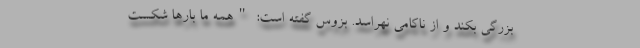
بزرگی بکند و از ناکامی نهراسد. بزوس گفته است: "همه ما بارها شکست